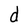
Character: d